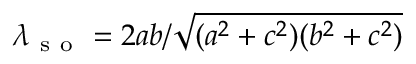
\lambda _ { \mathrm { ~ s ~ o ~ } } = 2 a b / \sqrt { ( a ^ { 2 } + c ^ { 2 } ) ( b ^ { 2 } + c ^ { 2 } ) }